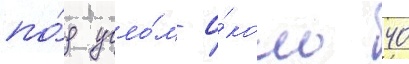
по́д угло́м о́коло 40